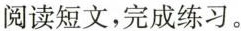
阅读短文，完成练习。